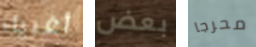
أغبياء بعض محرجا